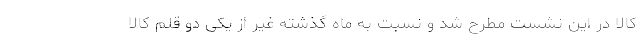
کالا در این نشست مطرح شد و نسبت به ماه گذشته غیر از یکی دو قلم کالا